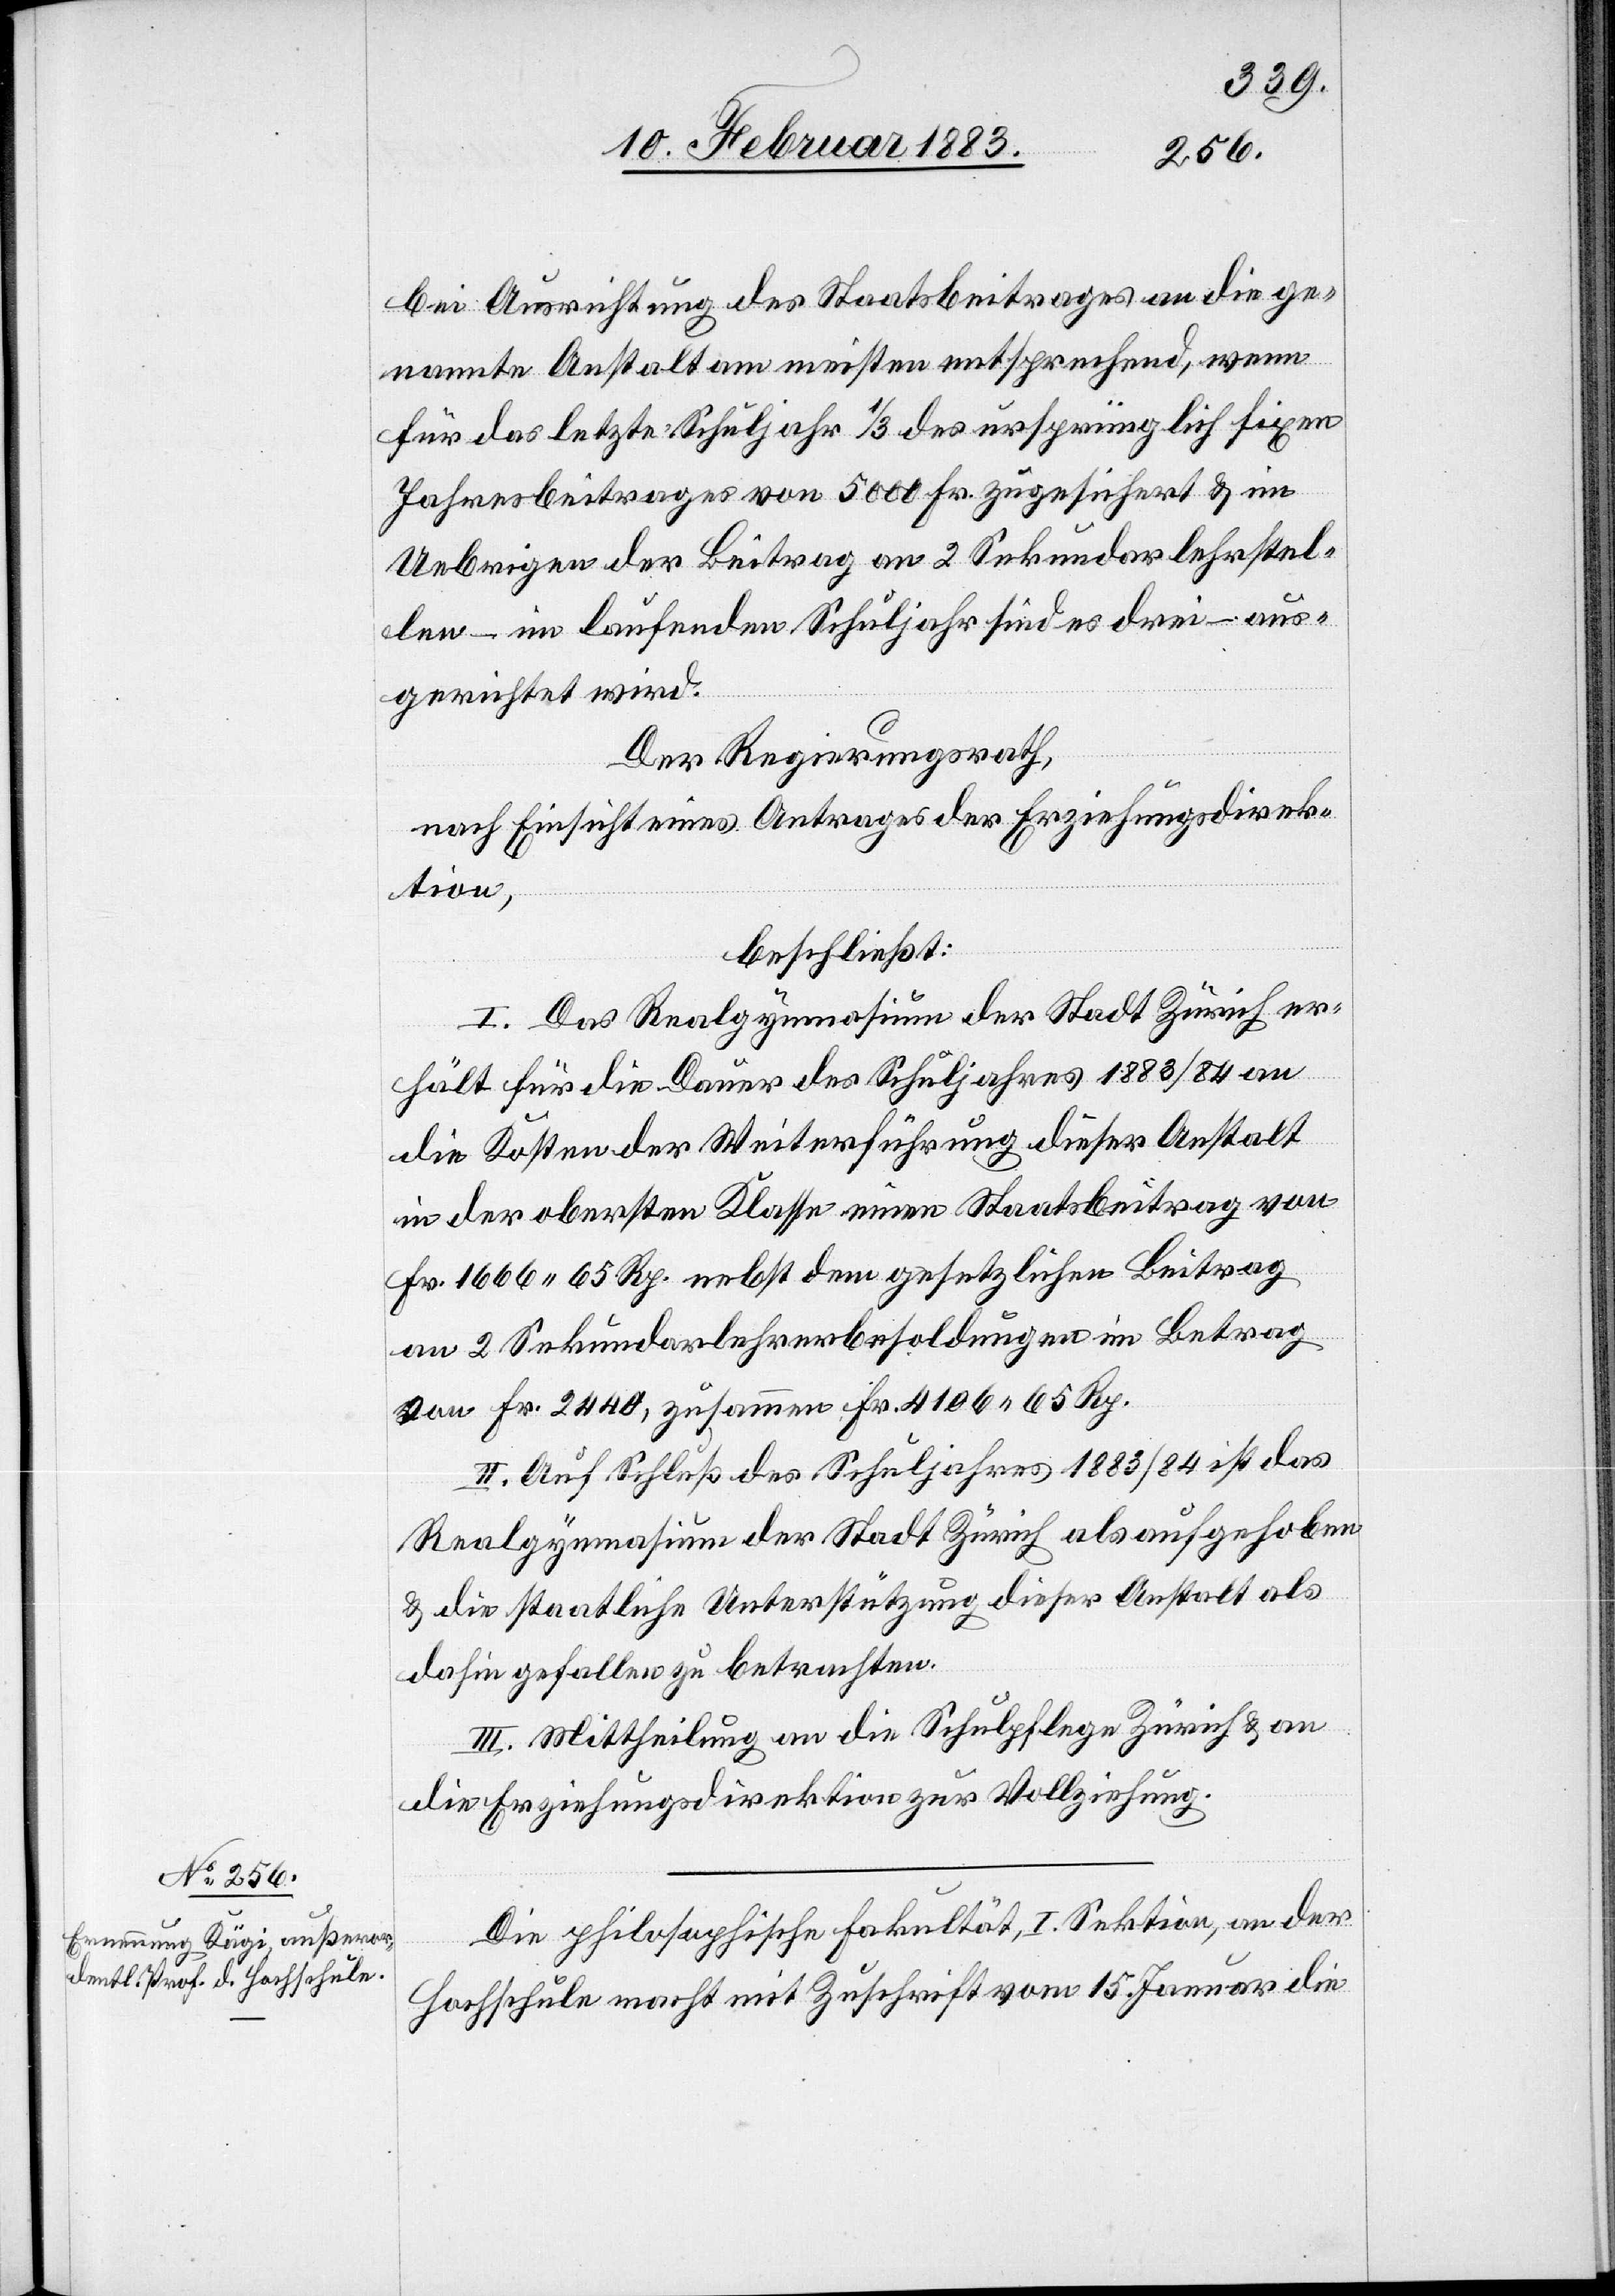
bei Ausrichtung des Staatsbeitrages an die ge¬
nannte Anstalt am meisten entsprechend, wenn
für das letzte Schuljahr 1/3 des ursprünglich fixen
Jahresbeitrages von 5000 Fr. zugesichert & im
Uebrigen der Beitrag an 2 Sekundarlehrstel¬
len – im laufenden Schuljahr sind es drei, aus¬
gerichtet wird.
Der Regierungsrath,
nach Einsicht eines Antrages der Erziehungsdirek¬
tion,
beschließt:
I. Das Realgymnasium der Stadt Zürich er¬
hält für die Dauer des Schuljahres 1883/84 an
die Kosten der Weiterführung dieser Anstalt
in der obersten Klasse einen Staatsbeitrag von
Fr. 1666 65 Rp. nebst dem gesetzlichen Beitrag
an 2 Sekundarlehrerbesoldungen im Betrag
von Fr. 2440, zusammen Fr. 4106 65 Rp.
II. Auf Schluß des Schuljahres 1883/84 ist das
Realgymnasium der Stadt Zürich als aufgehoben
& die staatliche Unterstützung dieser Anstalt als
dahin gefallen zu betrachten.
III. Mittheilung an die Schulpflege Zürich an
die Erziehungsdirektion zur Vollziehung.
Die philosophische Fakultät, I. Sektion, an der
Hochschule macht mit Zuschrift vom 15. Januar die